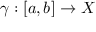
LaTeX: \gamma : [ a , b ] \to X